Indian journal of veterinary science and animal husbandry - Volume 1,
Year: 1931
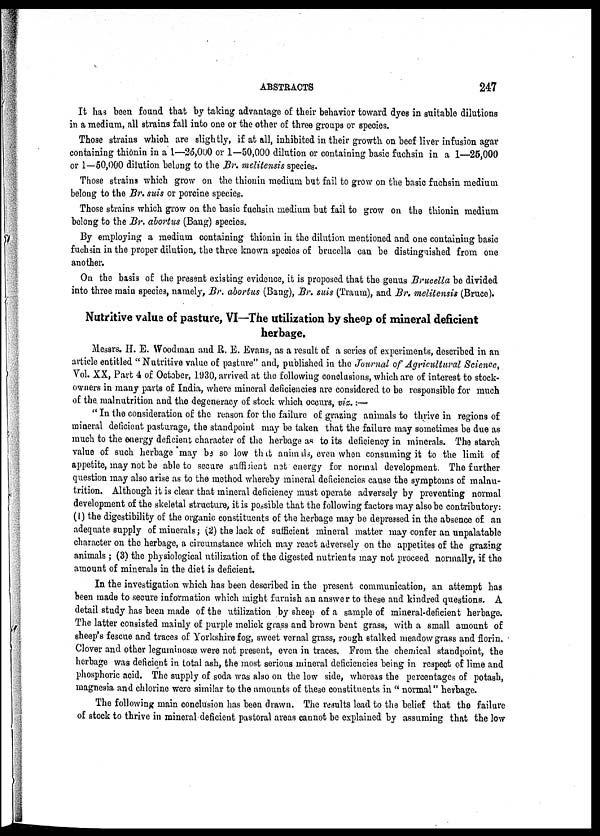
ABSTRACTS
247
It has been found that by taking advantage of their behavior toward dyes in suitable dilutions
in a medium, all strains fall into one or the other of three groups or species.
Those strains which are slightly, if at all, inhibited in their growth on beef liver infusion agar
containing thionin in a 1—25,000 or 1—50,000 dilution or containing basic fuchsin in a 1—25,000
or 1—50,000 dilution belong to the Br. melitensis species.
Those strains which grow on the thionin medium but fail to grow on the basic fuchsin medium
belong to the Br. suis or porcine species.
Those strains which grow on the basic fuchsin medium but fail to grow on the thionin medium
belong to the Br. abortus (Bang) species.
By employing a medium containing thionin in the dilution mentioned and one containing basic
fuchsin in the proper dilution, the three known species of brucella can be distinguished from one
another.
On the basis of the present existing evidence, it is proposed that the genus Brucella be divided
into three main species, namely, Br. abortus (Bang), Br. suis (Traum), and Br. melitensis (Bruce).
Nutritive value of pasture, VI—The utilization by sheep of mineral deficient
herbage.
Messrs. H. E. Woodman and R. E. Evans, as a result of a series of experiments, described in an
article entitled "Nutritive value of pasture" and, published in the Journal of Agricultural Science,
Vol. XX, Part 4 of October, 1930, arrived at the following conclusions, which are of interest to stock-
owners in many parts of India, where mineral deficiencies are considered to be responsible for much
of the malnutrition and the degeneracy of stock which occurs, viz.:—
" In the consideration of the reason for the failure of grazing animals to thrive in regions of
mineral deficient pasturage, the standpoint may be taken that the failure may sometimes be due as
much to the energy deficient character of the herbage as to its deficiency in minerals. The starch
value of such herbage may be so low that animals, even when consuming it to the limit of
appetite, may not be able to secure sufficient net energy for normal development The further
question may also arise as to the method whereby mineral deficiencies cause the symptoms of malnu-
trition. Although it is clear that mineral deficiency must operate adversely by preventing normal
development of the skeletal structure, it is possible that the following factors may also be contributory:
(1) the digestibility of the organic constituents of the herbage may be depressed in the absence of an
adequate supply of minerals; (2) the lack of sufficient mineral matter may confer an unpalatable
character on the herbage, a circumstance which may react adversely on the appetites of the grazing
animals; (3) the physiological utilization of the digested nutrients may not proceed normally, if the
amount of minerals in the diet is deficient.
In the investigation which has been described in the present communication, an attempt has
been made to secure information which might furnish an answer to these and kindred questions. A
detail study has been made of the utilization by sheep of a sample of mineral-deficient herbage.
The latter consisted mainly of purple melick grass and brown bent grass, with a small amount of
sheep's fescue and traces of Yorkshire fog, sweet vernal grass, rough stalked meadow grass and florin.
Clover and other leguminosæ were not present, even in traces. From the chemical standpoint, the
herbage was deficient in total ash, the most serious mineral deficiencies being in respect of lime and
phosphoric acid. The supply of soda was also on the low side, whereas the percentages of potash,
magnesia and chlorine were similar to the amounts of these constituents in " normal" herbage.
The following main conclusion has been drawn. The results lead to the belief that the failure
of stock to thrive in mineral deficient pastoral areas cannot be explained by assuming that the low